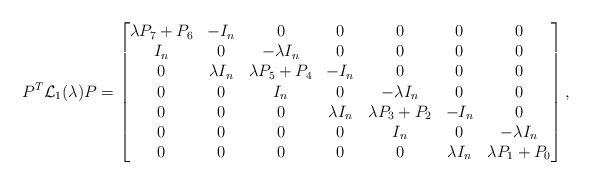
LaTeX: \begin{align*}P^T\mathcal{L}_1(\lambda)P=\begin{bmatrix}\lambda P_7+P_6 & -I_n & 0 & 0 & 0 & 0 & 0 \\I_n & 0 & -\lambda I_n & 0 & 0 & 0 & 0 \\0 & \lambda I_n & \lambda P_5+P_4 & -I_n & 0 & 0 & 0 \\0 & 0 & I_n & 0 & -\lambda I_n & 0 & 0 \\0 & 0 & 0 & \lambda I_n & \lambda P_3+P_2 & -I_n & 0 \\0 & 0 & 0 & 0 & I_n & 0 & -\lambda I_n \\0 & 0 & 0 & 0 & 0 & \lambda I_n & \lambda P_1+P_0\end{bmatrix},\end{align*}